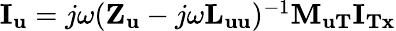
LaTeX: \begin{array}{r}{{{\mathbf{I}}_{\mathbf{u}}}=j\omega{({{\mathbf{Z}}_{\mathbf{u}}}-j\omega{{\mathbf{L}}_{{\mathbf{uu}}}})^{-1}}{\mathbf{M}}{}_{{\mathbf{uT}}}{{\mathbf{I}}_{{\mathbf{Tx}}}}}\end{array}